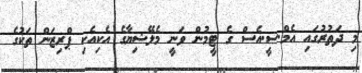
މި ދަތުރުގައި އެމް.ސީ.އެސް ގެ ޓީމުން ވަނީ މެލޭޝިޔާގެ އެކިއެކި ޕްރިޒަން ތަކުގެ